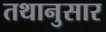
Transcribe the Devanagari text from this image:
तथानुसार